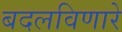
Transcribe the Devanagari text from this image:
बदलविणारे